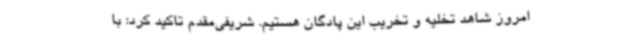
امروز شاهد تخلیه و تخریب این پادگان هستیم. شریفی‌مقدم تاکید کرد: با